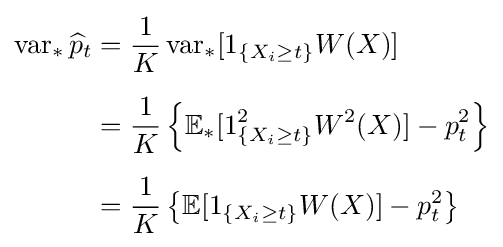
{\begin{aligned}\operatorname {var} _{*}{\widehat {p}}_{t}&={\frac {1}{K}}\operatorname {var} _{*}[1_{\{X_{i}\geq t\}}W(X)]\\[5pt]&={\frac {1}{K}}\left\{\mathbb {E} _{*}[1_{\{X_{i}\geq t\}}^{2}W^{2}(X)]-p_{t}^{2}\right\}\\[5pt]&={\frac {1}{K}}\left\{\mathbb {E} [1_{\{X_{i}\geq t\}}W(X)]-p_{t}^{2}\right\}\end{aligned}}